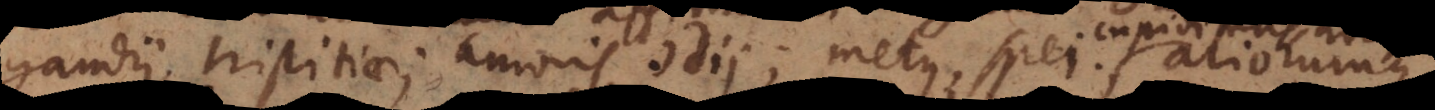
ii, tristitiae; amoris, odii; metus, spei; aliorumque